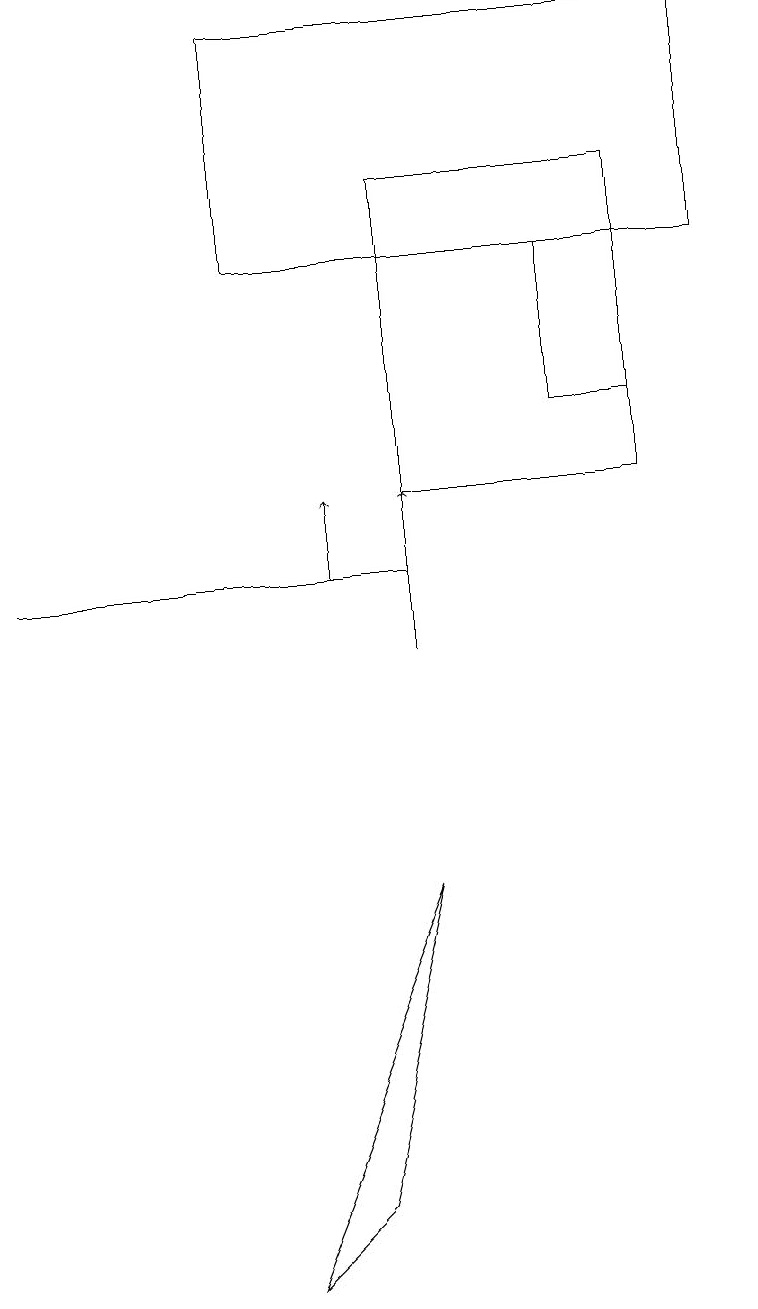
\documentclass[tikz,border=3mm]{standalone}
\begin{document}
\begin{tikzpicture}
\draw[->] (4,11) -- (4,12);
\draw (0,11) rectangle (5,11);
\draw (8,16) rectangle (5,12);
\draw (7,15) rectangle (8,13);
\draw (3,18) rectangle (9,15);
\draw[->] (5,10) -- (5,12);
\draw (5,7) -- (4,3) -- (3,2) -- cycle;
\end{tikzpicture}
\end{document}